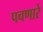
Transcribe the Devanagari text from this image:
पचणारे